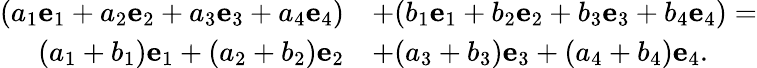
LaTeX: {\begin{array}{rl}{(a_{1}{\mathbf{e}}_{1}+a_{2}{\mathbf{e}}_{2}+a_{3}{\mathbf{e}}_{3}+a_{4}{\mathbf{e}}_{4})}&{+(b_{1}{\mathbf{e}}_{1}+b_{2}{\mathbf{e}}_{2}+b_{3}{\mathbf{e}}_{3}+b_{4}{\mathbf{e}}_{4})=}\\ {(a_{1}+b_{1}){\mathbf{e}}_{1}+(a_{2}+b_{2}){\mathbf{e}}_{2}}&{+(a_{3}+b_{3}){\mathbf{e}}_{3}+(a_{4}+b_{4}){\mathbf{e}}_{4}.}\end{array}}